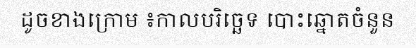
ដូចខាងក្រោម ៖កាលបរិច្ឆេទ បោះឆ្នោតចំនួន